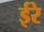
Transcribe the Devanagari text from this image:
ईरे